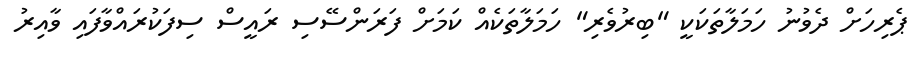
ޕެރިހަށް ދެވުނު ހަމަލާތަކަކީ "ބިރުވެރި" ހަމަލާތަކެއް ކަމަށް ފަރަންސޭސި ރައީސް ސިފަކުރައްވާފައި ވާއިރު